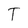
Character: T